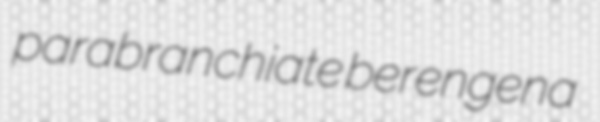
parabranchiate berengena